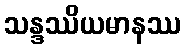
သန္ဒဿိယမာနဿ